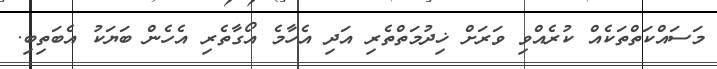
މަސައްކަތްތަކެއް ކުރެއްވި ވަރަށް ޚިދުމަތްތެރި އަދި އެހާމެ އޯގާތެރި އެހެން ބަޔަކު އެބަތިބި.